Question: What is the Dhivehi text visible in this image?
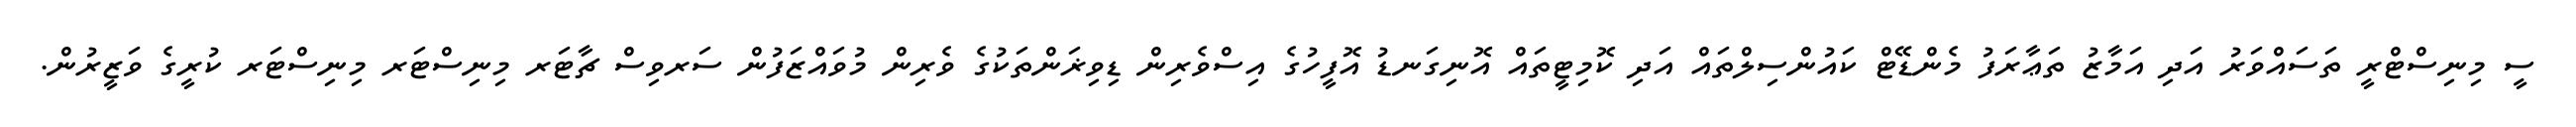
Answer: ސީ މިނިސްޓްރީ ތަސައްވަރު އަދި އަމާޒު ތަޢާރަފު މެންޑޭޓް ކައުންސިލްތައް އަދި ކޮމިޓީތައް އޮނިގަނޑު އޮފީހުގެ އިސްވެރިން ޑިވިޜަންތަކުގެ ވެރިން މުވައްޒަފުން ސަރވިސް ޗާޓަރ މިނިސްޓަރ މިނިސްޓަރ ކުރީގެ ވަޒީރުން.